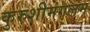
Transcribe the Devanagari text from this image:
कुरुशीमंगलम